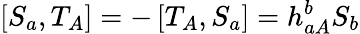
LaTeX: \left[S_{a},T_{A}\right]=-\left[T_{A},S_{a}\right]=h_{aA}^{b}S_{b}